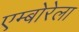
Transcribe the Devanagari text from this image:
एम्बोरेला